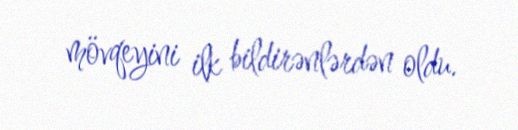
mövqeyini ilk bildirənlərdən oldu.